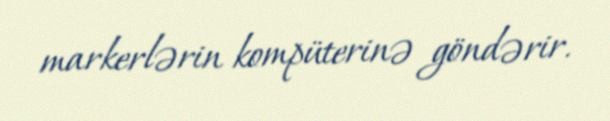
markerlərin kompüterinə göndərir.